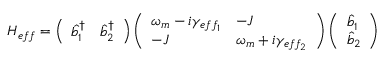
H _ { e f f } = \left( \begin{array} { l l } { \hat { b } _ { 1 } ^ { \dagger } } & { \hat { b } _ { 2 } ^ { \dagger } } \end{array} \right) \left( \begin{array} { l l } { \omega _ { m } - i \gamma _ { e f f _ { 1 } } } & { - J } \\ { - J } & { \omega _ { m } + i \gamma _ { e f f _ { 2 } } } \end{array} \right) \left( \begin{array} { l } { \hat { b } _ { 1 } } \\ { \hat { b } _ { 2 } } \end{array} \right)